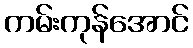
ကမ်းကုန်အောင်